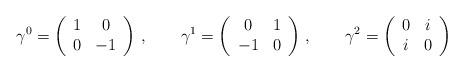
LaTeX: \begin{align*}\gamma^0=\left( \begin{array}{cc}1&0\\0&-1 \end{array}\right)\,,\qquad\gamma^1=\left( \begin{array}{cc}0&1\\-1&0 \end{array}\right)\,,\qquad\gamma^2=\left( \begin{array}{cc}0&i\\i&0 \end{array}\right) \end{align*}